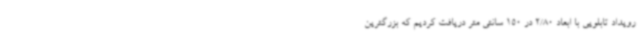
رویداد تابلویی با ابعاد 2/80 در 150 سانتی متر دریافت کردیم که بزرگترین